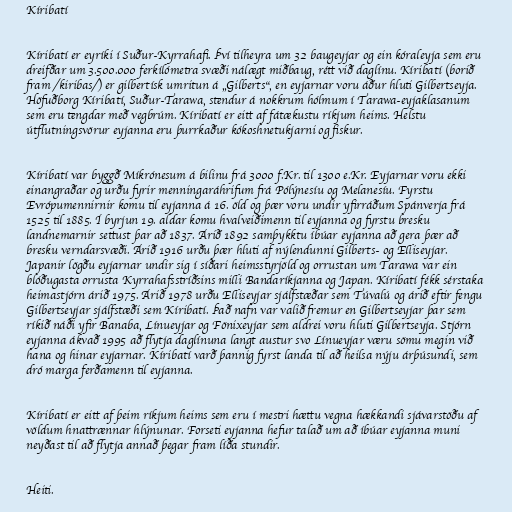
Kíribatí

Kíribatí er eyríki í Suður-Kyrrahafi. Því tilheyra um 32 baugeyjar og ein kóraleyja sem eru
dreifðar um 3.500.000 ferkílómetra svæði nálægt miðbaug, rétt við daglínu. Kíribatí (borið
fram /kiribas/) er gilbertísk umritun á „Gilberts“, en eyjarnar voru áður hluti Gilbertseyja.
Höfuðborg Kíribatí, Suður-Tarawa, stendur á nokkrum hólmum í Tarawa-eyjaklasanum
sem eru tengdar með vegbrúm. Kíribatí er eitt af fátækustu ríkjum heims. Helstu
útflutningsvörur eyjanna eru þurrkaður kókoshnetukjarni og fiskur.

Kíribatí var byggð Míkrónesum á bilinu frá 3000 f.Kr. til 1300 e.Kr. Eyjarnar voru ekki
einangraðar og urðu fyrir menningaráhrifum frá Pólýnesíu og Melanesíu. Fyrstu
Evrópumennirnir komu til eyjanna á 16. öld og þær voru undir yfirráðum Spánverja frá
1525 til 1885. Í byrjun 19. aldar komu hvalveiðimenn til eyjanna og fyrstu bresku
landnemarnir settust þar að 1837. Árið 1892 samþykktu íbúar eyjanna að gera þær að
bresku verndarsvæði. Árið 1916 urðu þær hluti af nýlendunni Gilberts- og Elliseyjar.
Japanir lögðu eyjarnar undir sig í síðari heimsstyrjöld og orrustan um Tarawa var ein
blóðugasta orrusta Kyrrahafsstríðsins milli Bandaríkjanna og Japan. Kíribatí fékk sérstaka
heimastjórn árið 1975. Árið 1978 urðu Elliseyjar sjálfstæðar sem Túvalú og árið eftir fengu
Gilbertseyjar sjálfstæði sem Kíribatí. Það nafn var valið fremur en Gilbertseyjar þar sem
ríkið náði yfir Banaba, Línueyjar og Fönixeyjar sem aldrei voru hluti Gilbertseyja. Stjórn
eyjanna ákvað 1995 að flytja daglínuna langt austur svo Línueyjar væru sömu megin við
hana og hinar eyjarnar. Kíribatí varð þannig fyrst landa til að heilsa nýju árþúsundi, sem
dró marga ferðamenn til eyjanna.

Kíribatí er eitt af þeim ríkjum heims sem eru í mestri hættu vegna hækkandi sjávarstöðu af
völdum hnattrænnar hlýnunar. Forseti eyjanna hefur talað um að íbúar eyjanna muni
neyðast til að flytja annað þegar fram líða stundir.

Heiti.